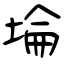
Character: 埨